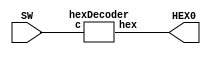
`timescale 1ns / 1ns

module HEX_Decoder (SW, HEX0);
	input [3:0] SW;
	output [6:0] HEX0;
	
	hexDecoder hd(SW[3:0], HEX0);

endmodule // HEX_Decoder

module hexDecoder (c, hex);

	input [3:0] c;
	output [6:0] hex;
				 
	assign hex[0] = (c[0] & !c[1] & !c[2] & !c[3])
					  | (!c[0] & !c[1] & c[2] & !c[3])
					  | (c[0] & c[1] & !c[2] & c[3])
					  | (c[0] & !c[1] & c[2] & c[3]);
				
	assign hex[1] = (c[0] & !c[1] & c[2] & !c[3])
					  | (!c[0] & c[1] & c[2] & !c[3])
					  | (c[0] & c[1] & !c[2] & c[3])
					  | (!c[0] & !c[1] & c[2] & c[3])
					  | (c[1] & c[2] & c[3]);
					  
	assign hex[2] = (!c[0] & c[1] & !c[2] & !c[3])
					  | ((!c[0] | c[1]) & c[2] & c[3]);
					  
	assign hex[3] = (c[0] & !c[1] & !c[2] & !c[3])
					  | (!c[0] & !c[1] & c[2] & !c[3])
					  | (c[0] & c[1] & c[2] & !c[3])
					  | (!c[0] & c[1] & !c[2] & c[3])
					  | (c[0] & c[1] & c[2] & c[3]);
					  
	assign hex[4] = (c[0] & !c[1] & !c[2])
					  | (c[0] & c[1] & !c[3])
					  | (!c[1] & c[2] & !c[3]);
					  
	assign hex[5] = ((c[0] | c[1]) & !c[2] & !c[3])
					  | (c[0] & c[1] & c[2] & !c[3])
					  | (c[0] & !c[1] & c[2] & c[3]);
					  
	assign hex[6] = (!c[1] & !c[2] & !c[3])
					  | (c[0] & c[1] & c[2] & !c[3])
					  | (!c[0] & !c[1] & c[2] & c[3]);

endmodule // hexDecoder